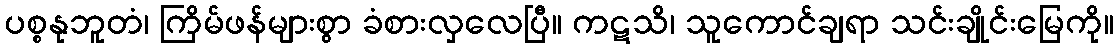
ပစ္စနုဘူတံ၊ ကြိမ်ဖန်များစွာ ခံစားလှလေပြီ။ ကဋသိ၊ သူကောင်ချရာ သင်းချိုင်းမြေကို။